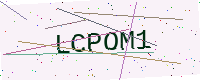
Text: LCPOM1